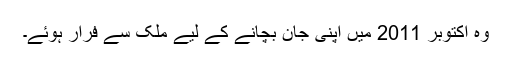
وہ اکتوبر 2011 میں اپنی جان بچانے کے لیے ملک سے فرار ہوئے۔